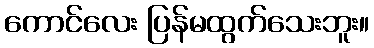
ကောင်လေး ပြန်မထွက်သေးဘူး။